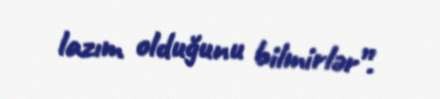
lazım olduğunu bilmirlər”.